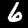
Label: 6